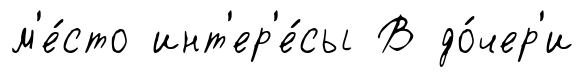
м'е́сто инт'ер'е́сы В до́чер'и